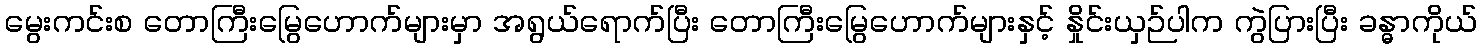
မွေးကင်းစ တောကြီးမြွေဟောက်များမှာ အရွယ်ရောက်ပြီး တောကြီးမြွေဟောက်များနှင့် နှိုင်းယှဉ်ပါက ကွဲပြားပြီး ခန္ဓာကိုယ်